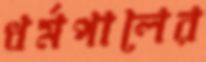
ধর্মপালের